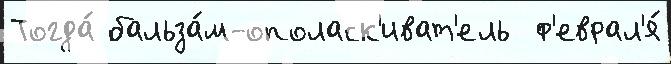
Тогда́ бальза́м-ополаск'иват'ель  ф'еврал'я́